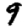
Digit: 9